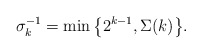
\begin{align*}\sigma_k^{-1} = \min\big\{ 2^{k-1}, \Sigma(k)\big\}. \end{align*}